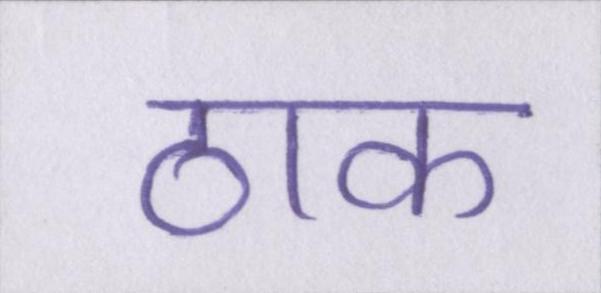
ठाक